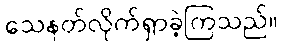
သေနတ်လိုက်ရှာခဲ့ကြသည်။